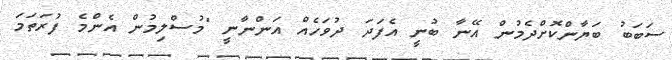
ސަބަބު ބަޔާންކޮށްދެމުން އޭނާ ބުނީ އެފަދަ ދުވަހެއް އަންނާނީ "މުސްލިމުން އެންމެ ފުރަތަމަ